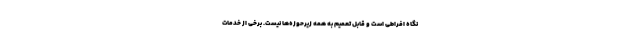
نگاه افراطی است و قابل تعمیم به همه زیرحوزه‌ها نیست. برخی از خدمات